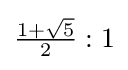
{\tfrac {1+{\sqrt {5}}}{2}}:1